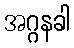
အဂ္ဂနခါ